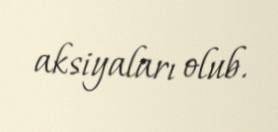
aksiyaları olub.